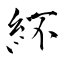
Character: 紑